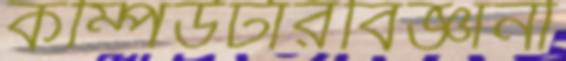
কম্পিউটারবিজ্ঞানী